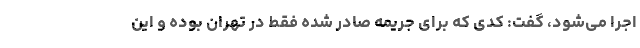
اجرا می‌شود، گفت: کدی که برای جریمه صادر شده فقط در تهران بوده و این